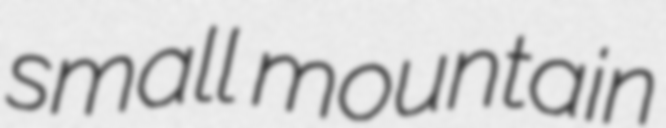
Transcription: small mountain